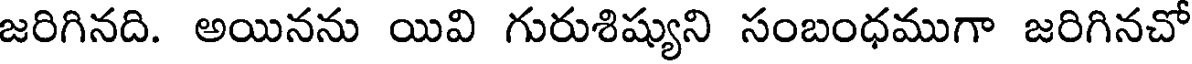
జరిగినది. అయినను యివి గురుశిష్యుని సంబంధముగా జరిగినచో